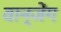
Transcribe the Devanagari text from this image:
वान्जेंग